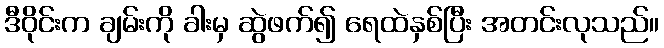
ဒီဝိုင်းက ချမ်းကို ခါးမှ ဆွဲဖက်၍ ရေထဲနှစ်ပြီး အတင်းလုသည်။